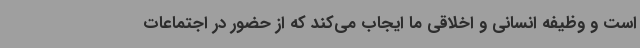
است و وظیفه انسانی و اخلاقی ما ایجاب می‌کند که از حضور در اجتماعات